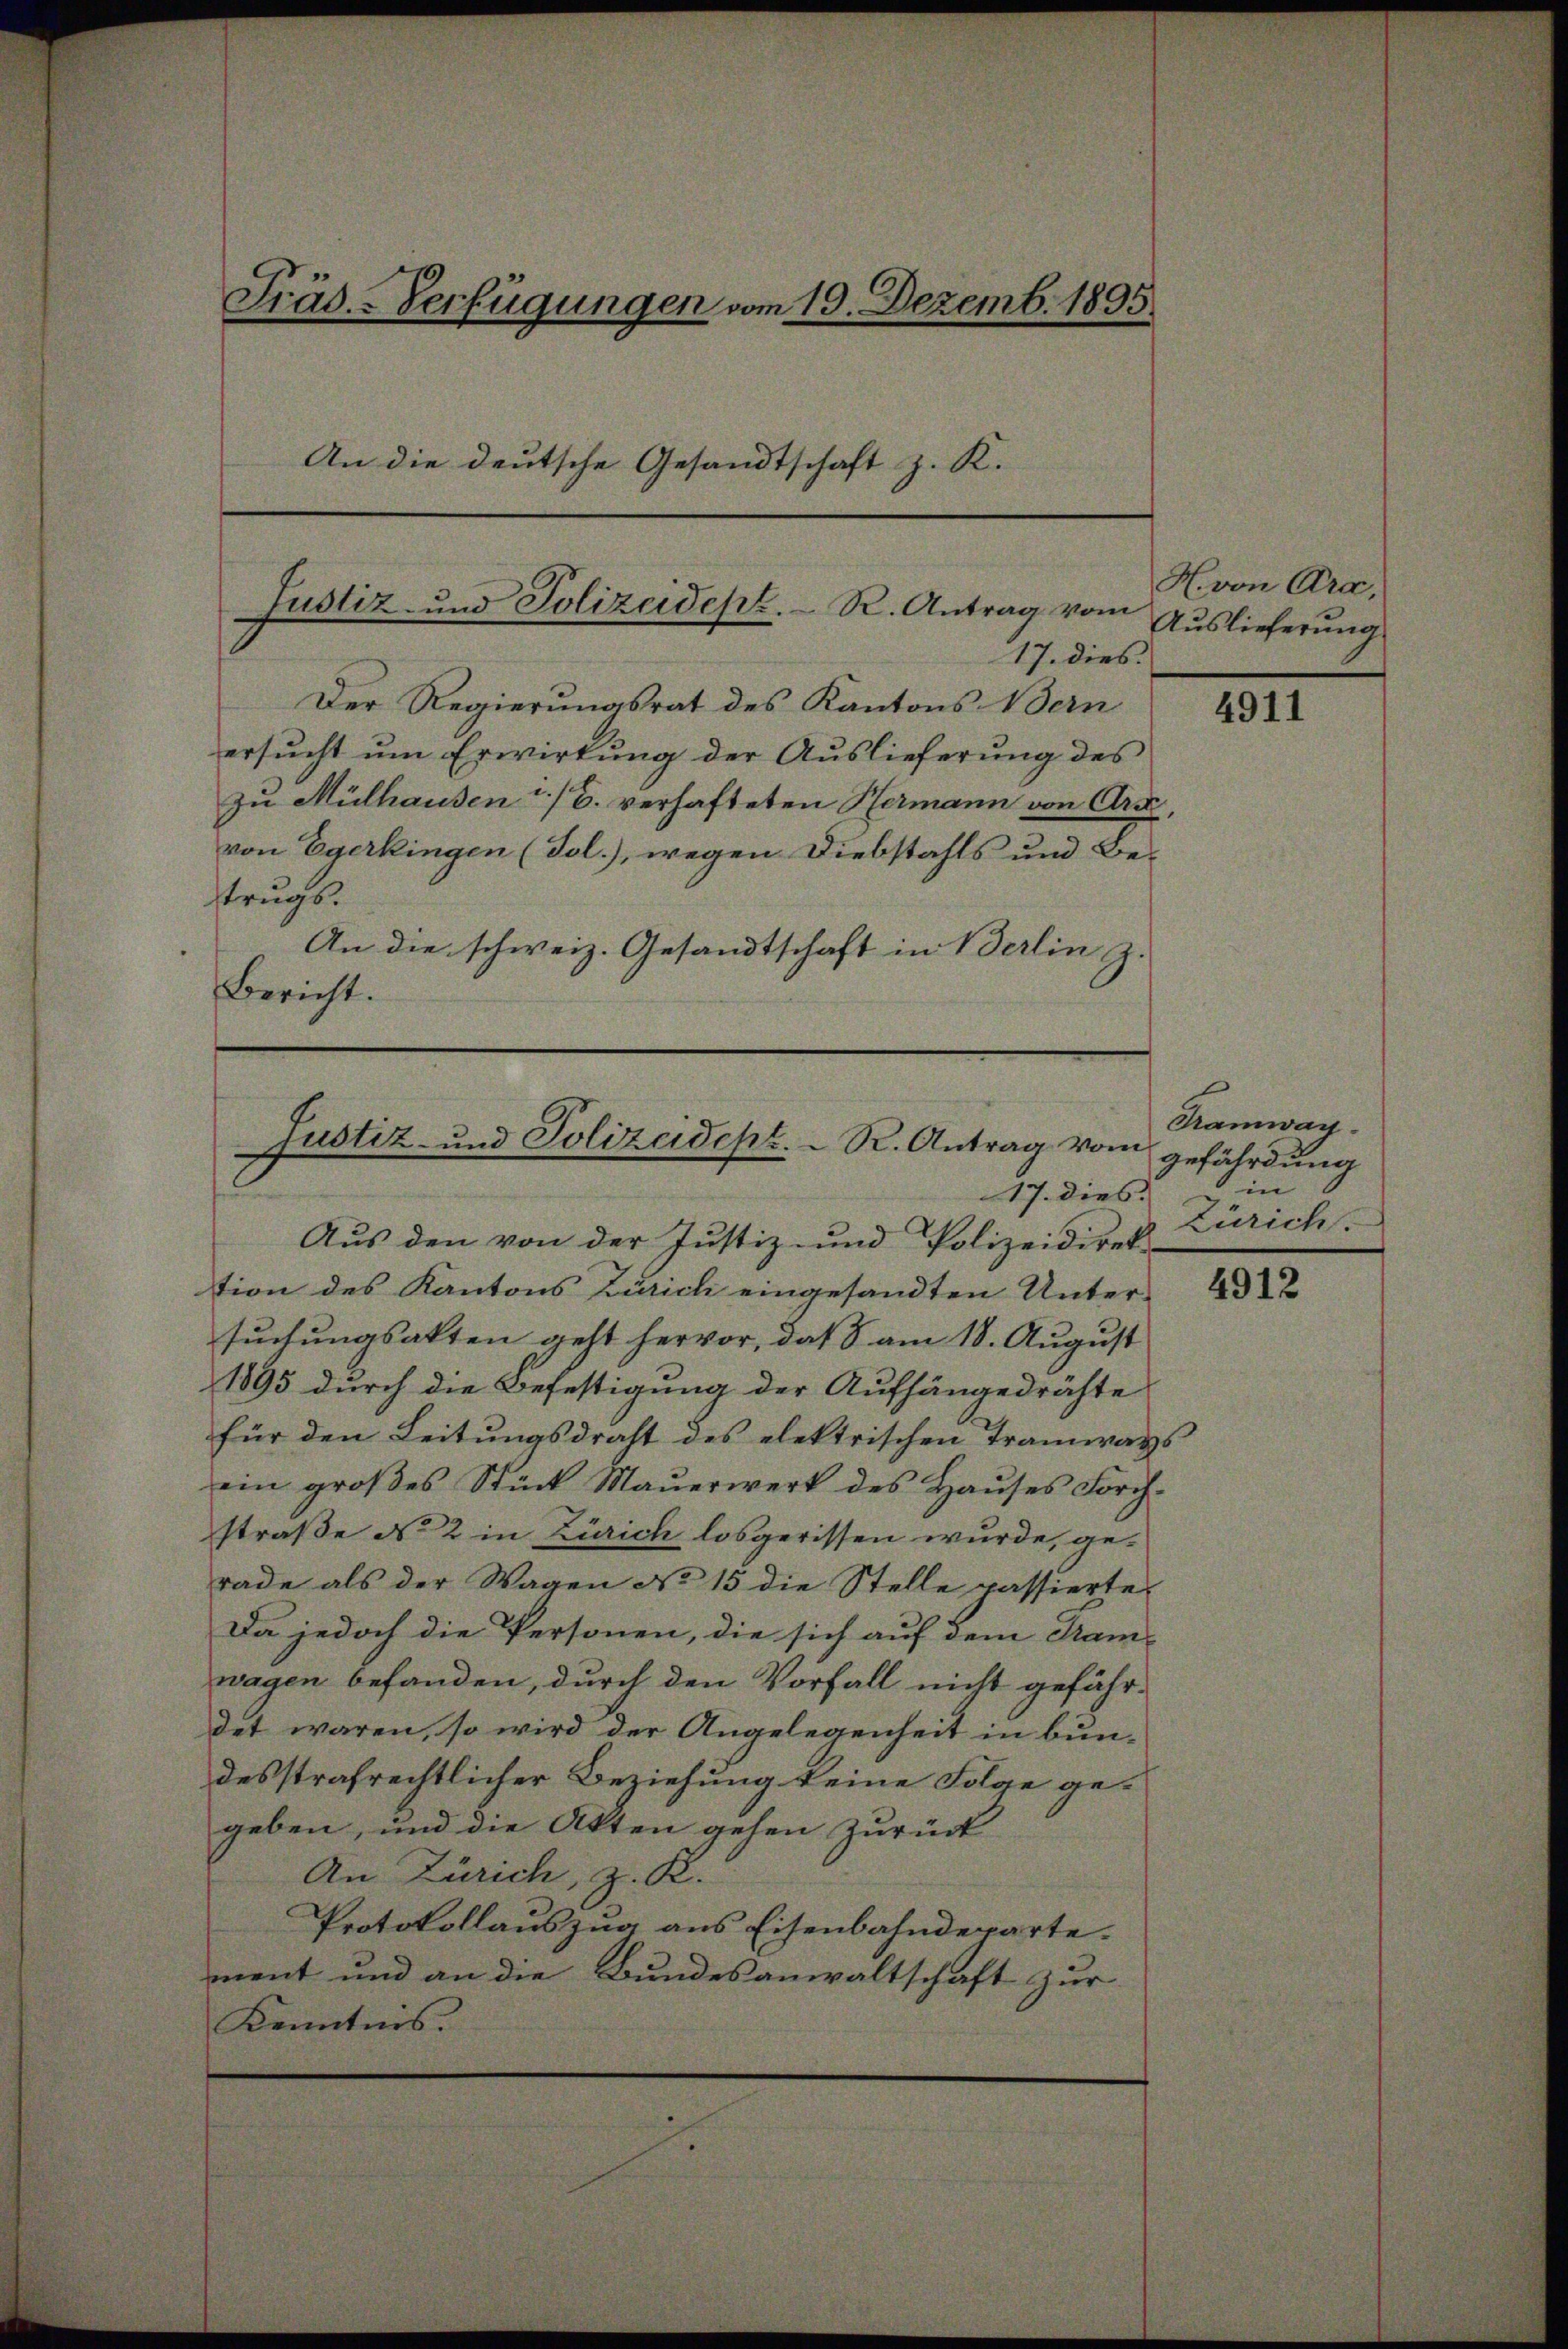
Der Regierungsrat des Kantons Bern
ersucht um Erwirkung der Auslieferung des
zu Mülhausen / B. verhafteten Hermann von Arc
von Egerkingen (Sol.), wegen Diebstahls und Be-
trugs.
An die schweiz. Gesandtschaft in Berlin z.
Bericht.

Präs.-Verfügungen vom 19. Dezemb. 1895.
An die deutsche Gesandtschaft z. K.

Justiz- und Polizeidept. R. Antrag vom
17. dies

Justiz- und Polizeidept. R. Antrag vom
17. dies

Aus den von der Justiz- und Polizeidirek
tion des Kantons Zürich eingesandten Unter-
suchungsakten geht hervor, daß 8 am 18. August
1895 durch die Befestigung der Aufhängedrähte
für den Leitungsdraht des elektrischen Tramways
ein großes Stück Mauerwerk des Hauses Forchstraße No 2 in Zürich losgerissen wurde, gerade als der Wagen No 15 die Stelle passierte
Da jedoch die Personen, die sich auf dem Kam-
wagen befanden, durch den Vorfall nicht gefähr-
det waren, so wird der Angelegenheit in bundesstrafrechtlicher Beziehung keine Folge gegeben, und die Akten gehen zurück
An Zürich, z. R.
Protokollauszug aus Eisenbahndeparte.
ment und an die Bundesanwaltschaft zur
Kenntnis.

H. von Ara,
Auslieferung

4911

Tramway.
gefährdung
in
Zürich.

4912